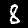
Digit: 8